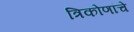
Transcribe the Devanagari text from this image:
त्रिकोणांचे